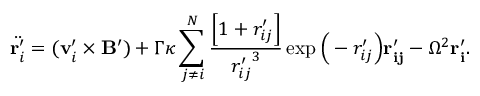
\ddot { \mathbf { r } _ { i } ^ { \prime } } = ( \mathbf { v } _ { i } ^ { \prime } \times \mathbf { B ^ { \prime } } ) + \Gamma \kappa \sum _ { j \neq i } ^ { N } \frac { \Big [ 1 + { r _ { i j } ^ { \prime } } \Big ] } { { r _ { i j } ^ { \prime } } ^ { 3 } } \exp \Big ( - { r _ { i j } ^ { \prime } } \Big ) { \mathbf { r _ { i j } ^ { \prime } } } - \Omega ^ { 2 } { \mathbf { r _ { i } ^ { \prime } } } .